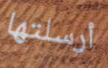
أرسلتها